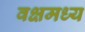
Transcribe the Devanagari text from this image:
वक्षमध्य